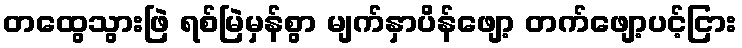
တထွေသွားဖြဲ ရစ်မြဲမှန်စွာ မျက်နှာပိန်ဖျော့ တက်ဖျော့ပင့်ငြား